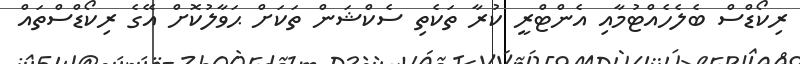
ރިކޯޑްސް ބެލެހެއްޓުމާއި އެންޓްރީ ކުރާ ތަކެތި ސެކްޝަން ތަކަށް ޙަވާލުކޮށް އޭގެ ރިކޯޑްސްތައް